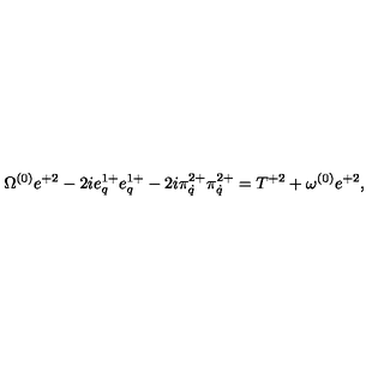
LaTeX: \Omega ^ { ( 0 ) } e ^ { + 2 } - 2 i e _ { q } ^ { 1 + } e _ { q } ^ { 1 + } - 2 i \pi _ { \dot { q } } ^ { 2 + } \pi _ { \dot { q } } ^ { 2 + } = T ^ { + 2 } + \omega ^ { ( 0 ) } e ^ { + 2 } ,